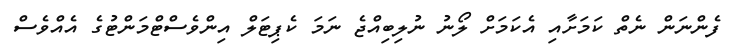
ފެންނަން ނެތް ކަމަށާއި އެކަމަށް ލޯނު ނުލިބިއްޖެ ނަމަ ކެޕިޓަލް އިންވެސްޓްމަންޓުގެ އެއްވެސް